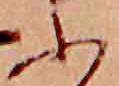
ふ